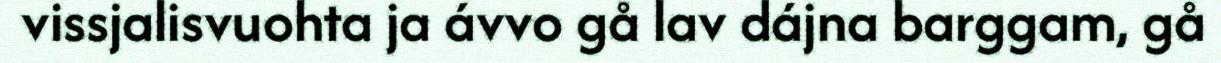
vissjalisvuohta ja ávvo gå lav dájna barggam, gå